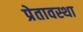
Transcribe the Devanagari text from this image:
प्रेतावस्था